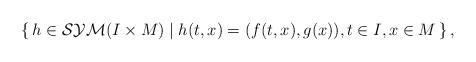
LaTeX: \begin{align*}\left\{\, h \in \mathcal{SYM} (I \times M) \mid h(t, x) =(f(t, x), g(x)), t \in I, x \in M \,\right\}, \end{align*}